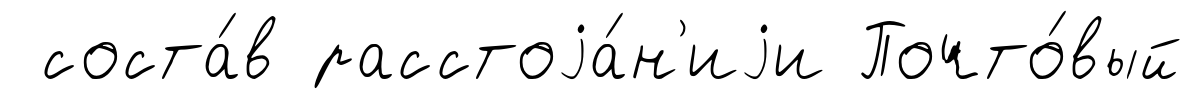
соста́в расстоjа́н'иjи Почто́вый